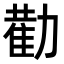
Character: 𭄿